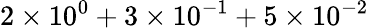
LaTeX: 2\times 10^{0}+3\times 10^{-1}+5\times 10^{-2}